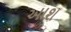
આશ